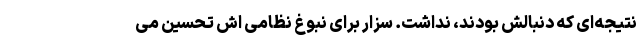
نتیجه‌ای که دنبالش بودند، نداشت. سزار برای نبوغ نظامی ‌اش تحسین می